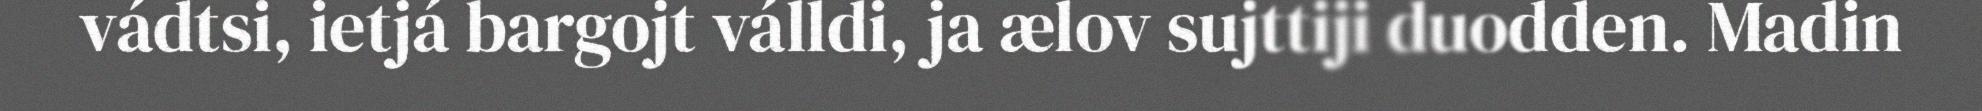
vádtsi, ietjá bargojt válldi, ja ælov sujttiji duodden. Madin